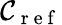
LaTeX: \mathcal{C}_{\mathrm{~r~e~f~}}